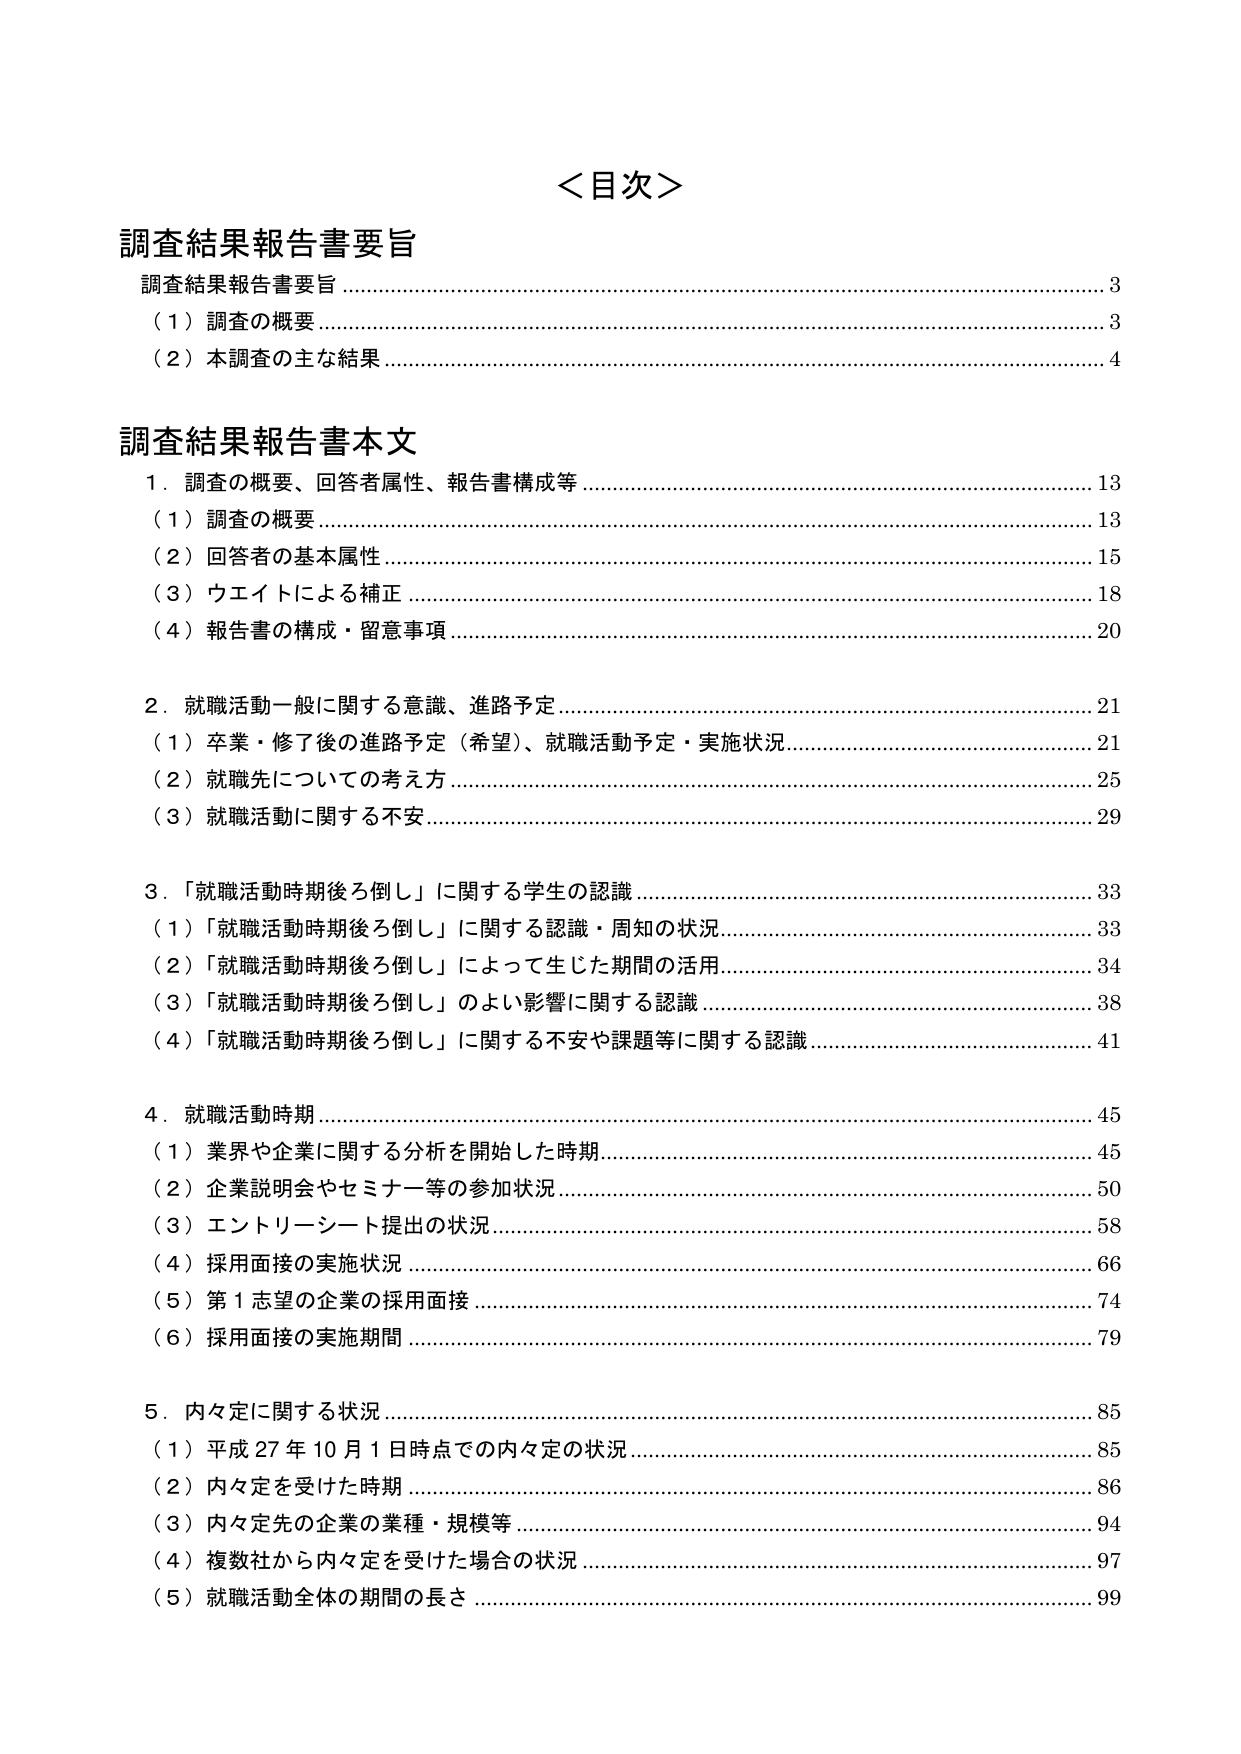
＜目次＞

調査結果報告書要旨
調査結果報告書要旨 …………………………………………………………………………………… 3
（1）調査の概要 ………………………………………………………………………………………… 3
（2）本調査の主な結果 ………………………………………………………………………………… 4

調査結果報告書本文
1．調査の概要、回答者属性、報告書構成等 ……………………………………………………… 13
（1）調査の概要 ……………………………………………………………………………………… 13
（2）回答者の基本属性 ……………………………………………………………………………… 15
（3）ウエイトによる補正 …………………………………………………………………………… 18
（4）報告書の構成・留意事項 ……………………………………………………………………… 20

2．就職活動一般に関する意識、進路予定 ………………………………………………………… 21
（1）卒業・修了後の進路予定（希望）、就職活動予定・実施状況 …………………………… 21
（2）就職先についての考え方 ……………………………………………………………………… 25
（3）就職活動に関する不安 ………………………………………………………………………… 29

3．「就職活動時期後ろ倒し」に関する学生の認識 ……………………………………………… 33
（1）「就職活動時期後ろ倒し」に関する認識・周知の状況 …………………………………… 33
（2）「就職活動時期後ろ倒し」によって生じた期間の活用 …………………………………… 34
（3）「就職活動時期後ろ倒し」のよい影響に関する認識 ……………………………………… 38
（4）「就職活動時期後ろ倒し」に関する不安や課題等に関する認識 ………………………… 41

4．就職活動時期 ……………………………………………………………………………………… 45
（1）業界や企業に関する分析を開始した時期 …………………………………………………… 45
（2）企業説明会やセミナー等の参加状況 ………………………………………………………… 50
（3）エントリーシート提出の状況 ………………………………………………………………… 58
（4）採用面接の実施状況 …………………………………………………………………………… 66
（5）第1志望の企業の採用面接 …………………………………………………………………… 74
（6）採用面接の実施期間 …………………………………………………………………………… 79

5．内々定に関する状況 ……………………………………………………………………………… 85
（1）平成27年10月1日時点での内々定の状況 …………………………………………………… 85
（2）内々定を受けた時期 …………………………………………………………………………… 86
（3）内々定先の企業の業種・規模等 ……………………………………………………………… 94
（4）複数社から内々定を受けた場合の状況 ……………………………………………………… 97
（5）就職活動全体の期間の長さ …………………………………………………………………… 99